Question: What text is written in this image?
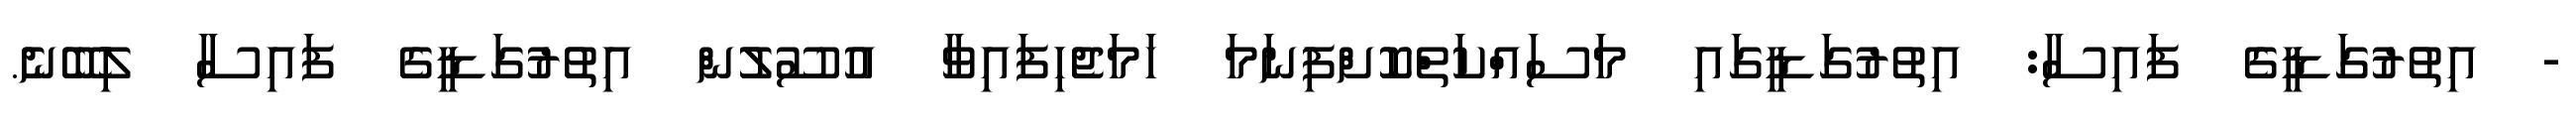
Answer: - އިތުރުގަޑީގެ ފައިސާ: އިތުރުގަޑީގައި މަސައްކަތްކޮށްފިނަމަ ހަމަޖެހިފައިވާ އުސޫލުން އިތުރުގަޑީގެ ފައިސާ ލިބޭނެ.